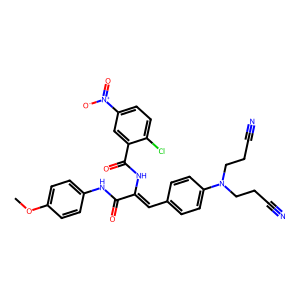
SMILES: COc1ccc(NC(=O)C(=Cc2ccc(N(CCC#N)CCC#N)cc2)NC(=O)c2cc([N+](=O)[O-])ccc2Cl)cc1
Inhibits HIV replication: No